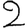
Digit: 2